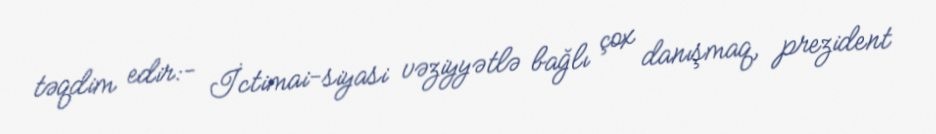
təqdim edir:- İctimai-siyasi vəziyyətlə bağlı çox danışmaq, prezident